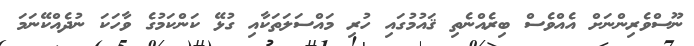
ނޫސްވެރިންނަށް އެއްވެސް ބިރެއްނެތި ޤައުމުގައި ހުރި މައްސަލަތަކާއި ގުޅޭ ކަންކަމުގެ ވާހަކަ ނުދެއްކޭނަމަ